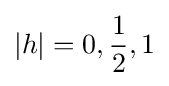
|h|=0,{\frac {1}{2}},1